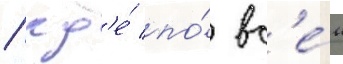
/ гд'е́ по́ вс'е́м